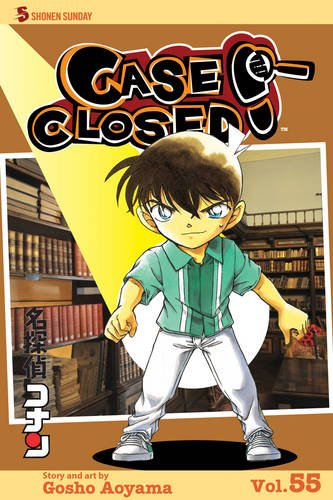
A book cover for Case Closed, Vol. 55; Gosho Aoyama; Comics & Graphic Novels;